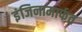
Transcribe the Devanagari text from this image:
इंजिनामार्फत